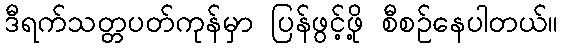
ဒီရက်သတ္တပတ်ကုန်မှာ ပြန်ဖွင့်ဖို့ စီစဉ်နေပါတယ်။